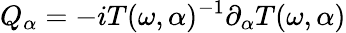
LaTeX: Q_{\alpha}=-iT(\omega,\alpha)^{-1}\partial_{\alpha}T(\omega,\alpha)